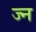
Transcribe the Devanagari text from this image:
ज्न